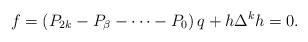
LaTeX: \begin{align*}f=\left( P_{2k}-P_{\beta }-\dots -P_{0}\right) q + h\Delta^{k}h=0. \end{align*}